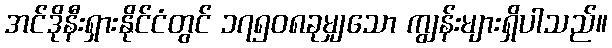
အင်ဒိုနီးရှားနိုင်ငံတွင် ၁၇၅၀၈ခုမျှသော ကျွန်းများရှိပါသည်။